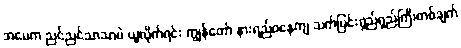
အမေက ညင်ညင်သာသာပဲ ယူလိုက်ရင်း ကျွန်တော် နားရည်ဝနေကျ သက်ပြင်းရှည်ရှည်ကြီးတစ်ချက်